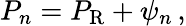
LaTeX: P_{n}=P_{\mathrm R}+\psi_{n}\, ,